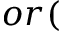
o r (